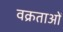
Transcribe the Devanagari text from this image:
वक्रताओं